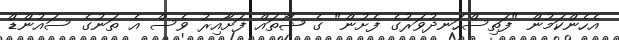
އެހެންކަމުން "ފަތިސްހަނދުވަރުގެ ފެށުން" ގެ ޝޯތައް ފަށާއިރު ވެސް އެ ތަނުގެ ސައުންޑް